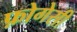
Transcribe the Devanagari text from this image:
फ़ोगेसी